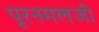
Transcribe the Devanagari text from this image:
पूरनमलजी